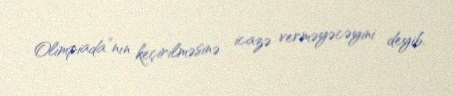
Olimpiada”nın keçirilməsinə icazə verməyəcəyini deyib.